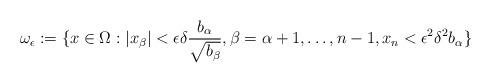
LaTeX: \begin{align*}\omega_\epsilon := \{x \in \Omega: |x_\beta| < \epsilon \delta \frac{b_\alpha}{\sqrt{b_\beta}}, \beta = \alpha + 1, \ldots, n-1, x_n < \epsilon^2 \delta^2 b_\alpha\}\end{align*}